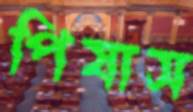
পিষাস